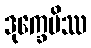
ဒုက္ခေပိဿ